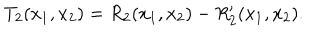
T _ { 2 } ( x _ { 1 } , x _ { 2 } ) = R _ { 2 } ( x _ { 1 } , x _ { 2 } ) - R _ { 2 } ^ { \prime } ( x _ { 1 } , x _ { 2 } ) .